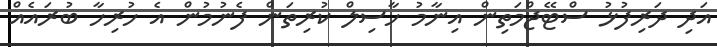
އަދި ދަރިފުޅު ސްޓޭޖްމަތިން އިނާމު ހާސިލް ކުރިތަން ފެނުމުން އެ ހުރިހާ ބުރައެއް